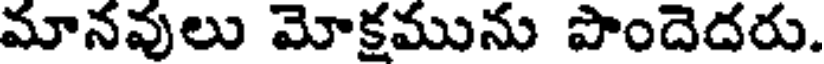
మానవులు మోక్రమును పొందెదరు.